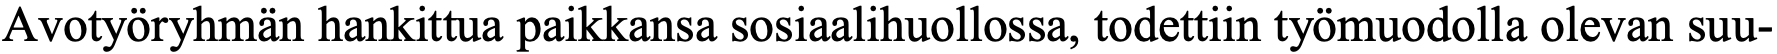
Avotyöryhmän hankittua paikkansa sosiaalihuollossa, todettiin työmuodolla olevan suu-